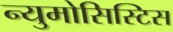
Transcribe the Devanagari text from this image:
न्युमोसिस्टिस